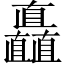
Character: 矗